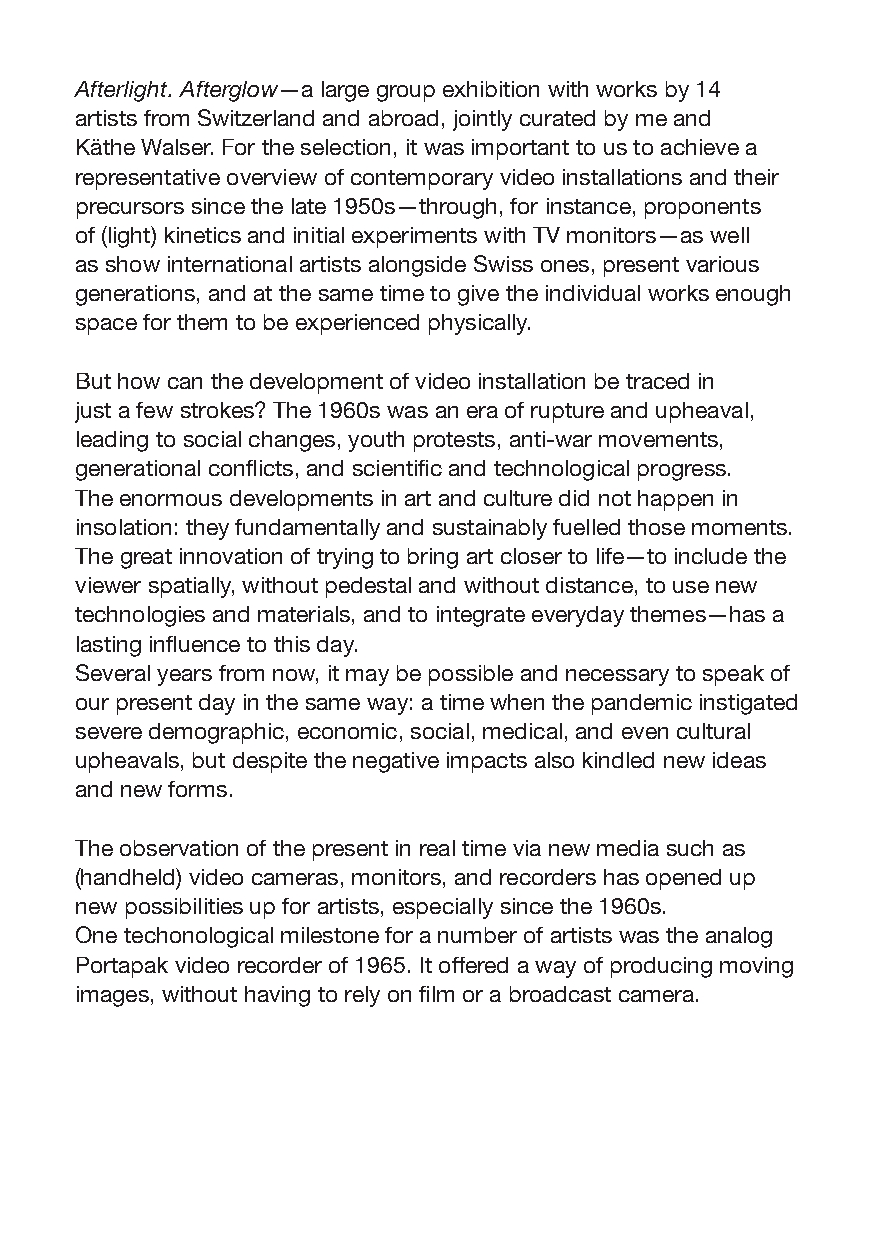
Afterlight. Afterglow—a large group exhibition with works by 14
 artists from Switzerland and abroad, jointly curated by me and
 Käthe Walser. For the selection, it was important to us to achieve a
 representative overview of contemporary video installations and their
 precursors since the late 1950s—through, for instance, proponents
 of (light) kinetics and initial experiments with TV monitors—as well
 as show international artists alongside Swiss ones, present various
 generations, and at the same time to give the individual works enough
 space for them to be experienced physically.
 But how can the development of video installation be traced in
 just a few strokes? The 1960s was an era of rupture and upheaval,
 leading to social changes, youth protests, anti-war movements,
 generational conflicts, and scientific and technological progress.
 The enormous developments in art and culture did not happen in
 insolation: they fundamentally and sustainably fuelled those moments.
 The great innovation of trying to bring art closer to life—to include the
 viewer spatially, without pedestal and without distance, to use new
 technologies and materials, and to integrate everyday themes—has a
 lasting influence to this day.
 Several years from now, it may be possible and necessary to speak of
 our present day in the same way: a time when the pandemic instigated
 severe demographic, economic, social, medical, and even cultural
 upheavals, but despite the negative impacts also kindled new ideas
 and new forms.
 The observation of the present in real time via new media such as
 (handheld) video cameras, monitors, and recorders has opened up
 new possibilities up for artists, especially since the 1960s.
 One techonological milestone for a number of artists was the analog
 Portapak video recorder of 1965. It offered a way of producing moving
 images, without having to rely on film or a broadcast camera.